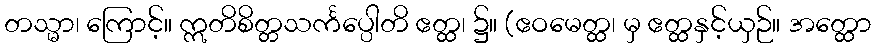
တသ္မာ၊ ကြောင့်။ ဣတိစိတ္တသင်္ကပ္ပေါတိ ဧတ္ထ၊ ၌။ (ဧဝမေတ္ထ၊ မှ ဧတ္ထနှင့်ယှဉ်။ အတ္ထော